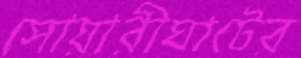
সোয়ারীঘাটের